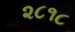
૨૮૧૮